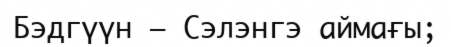
Бэдгүүн — Сэлэнгэ аймағы;